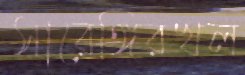
সারেঙ্গিরখল